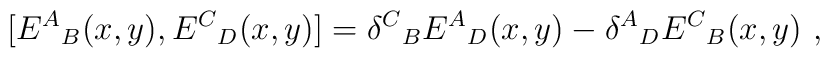
[{E^A}_B(x,y) , {E^C}_D(x,y)] = {\delta^C}_B{E^A}_D(x,y)  - {\delta^A}_D {E^C}_B(x,y)   \ ,